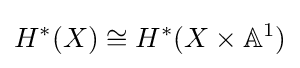
H^{*}(X)\cong H^{*}(X\times \mathbb {A} ^{1})